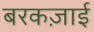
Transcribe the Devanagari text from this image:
बरकज़ाई